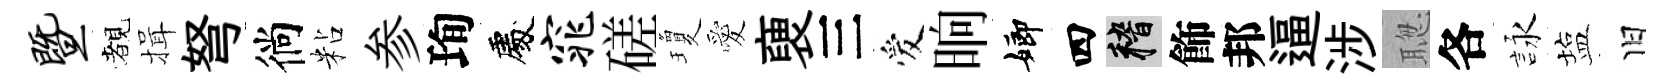
暨覩揖弩徜粘参珣處窕磋瓊愛褏三爱晌嫏四稽飾邦逼涉聦各詠塩旧